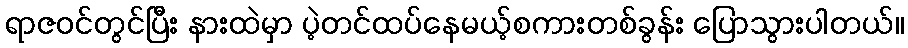
ရာဇဝင်တွင်ပြီး နားထဲမှာ ပဲ့တင်ထပ်နေမယ့်စကားတစ်ခွန်း ပြောသွားပါတယ်။